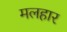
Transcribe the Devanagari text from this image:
मलहार